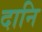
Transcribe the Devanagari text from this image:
दानि